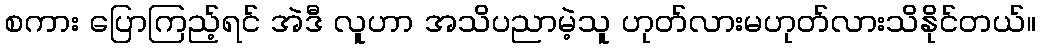
စကား ပြောကြည့်ရင် အဲဒီ လူဟာ အသိပညာမဲ့သူ ဟုတ်လားမဟုတ်လားသိနိုင်တယ်။